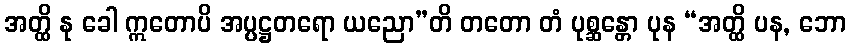
အတ္ထိ နု ခေါ ဣတောပိ အပ္ပဋ္ဌတရော ယညော”တိ တတော တံ ပုစ္ဆန္တော ပုန “အတ္ထိ ပန, ဘော